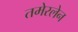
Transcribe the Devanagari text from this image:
तमेरलेन